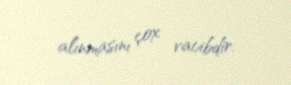
alınmasını çox vacibdir.